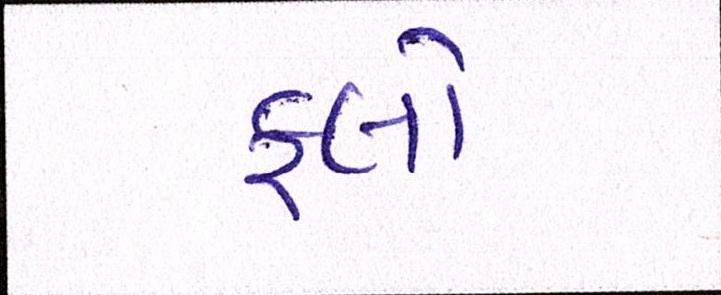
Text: ફ્લો